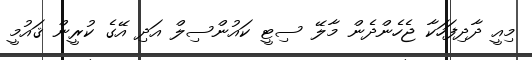
މިއީ ދާދިފަހަކާ ޖެހެންދެން މާލޭ ސިޓީ ކައުންސިލް އަދި އޭގެ ކުރީން ޤައުމީ